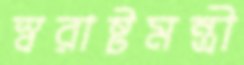
স্বরাষ্টমন্ত্রী